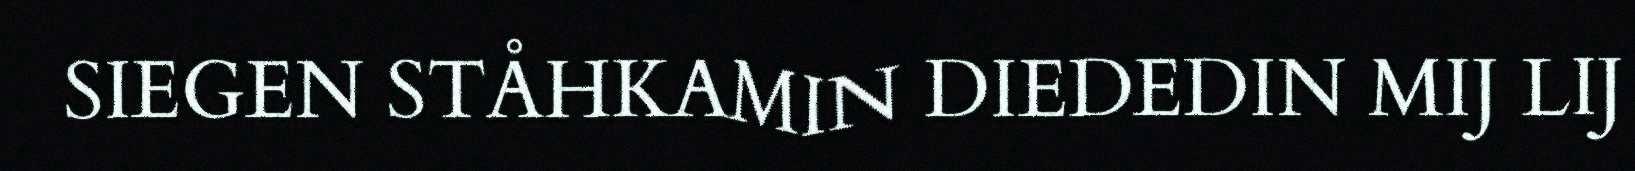
SIEGEN STÅHKAMIN DIEDEDIN MIJ LIJ